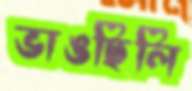
ভাঙছিলি